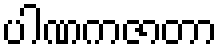
ပါဏကဇာတာ